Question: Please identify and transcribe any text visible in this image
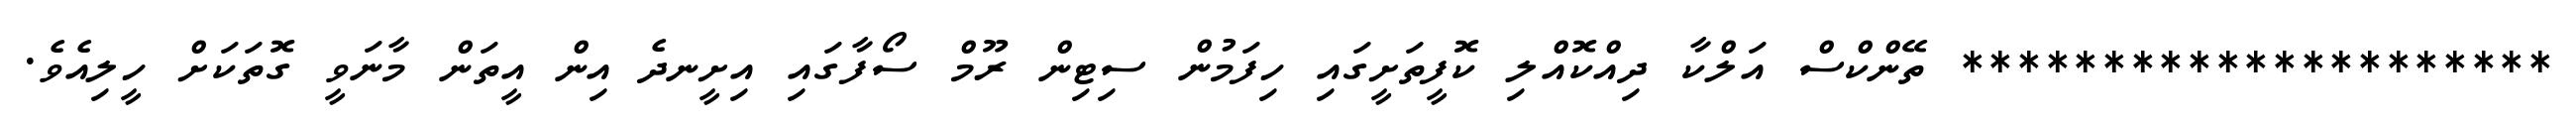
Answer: ********************* ތޭންކްސް އަލްކާ ދިއްކޮއްލި ކޮފީތަށީގައި ހިފަމުން ސިޓިން ރޫމް ސޯފާގައި އިށީނދެ އިން އީތަން މާނަވީ ގޮތަކަށް ހީލިއެވެ.